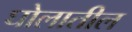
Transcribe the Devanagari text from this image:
घोलातील